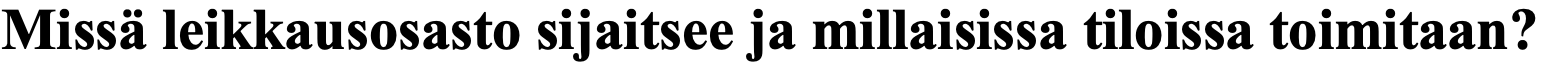
Missä leikkausosasto sijaitsee ja millaisissa tiloissa toimitaan?